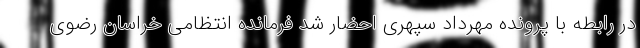
در رابطه با پرونده مهرداد سپهری احضار شد فرمانده انتظامی خراسان رضوی